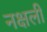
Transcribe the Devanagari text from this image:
नक्षली